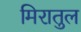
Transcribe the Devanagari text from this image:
मिरातुल